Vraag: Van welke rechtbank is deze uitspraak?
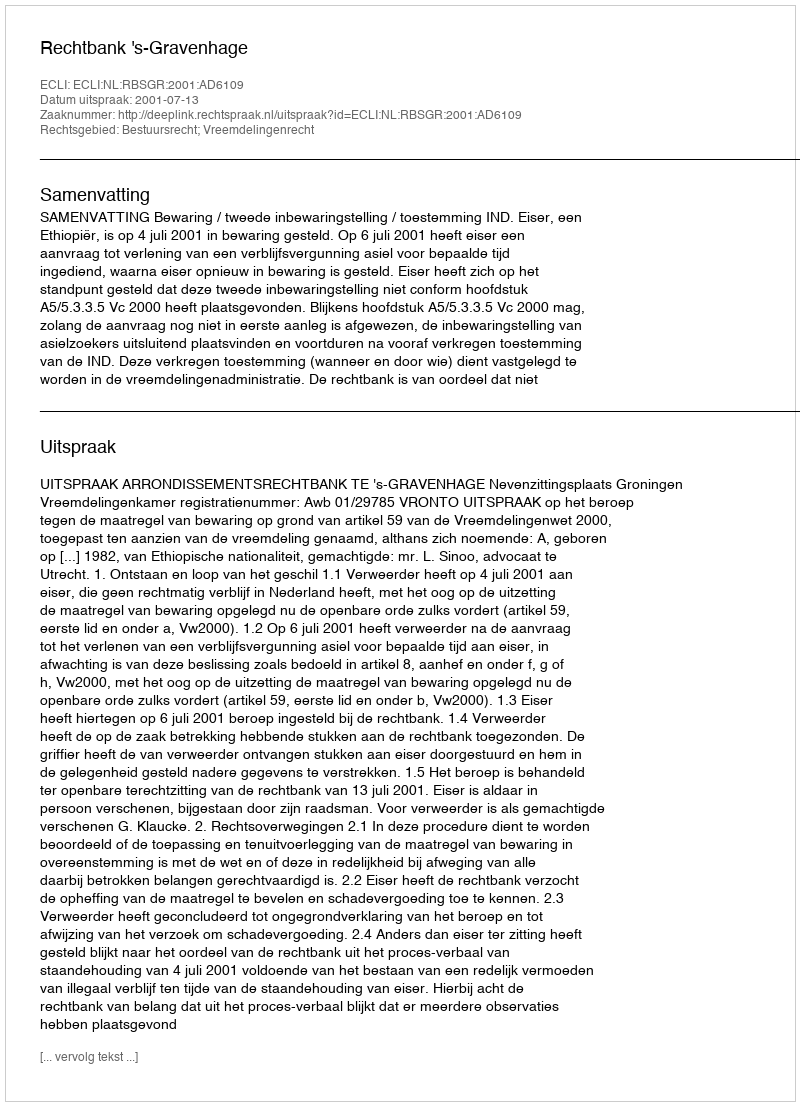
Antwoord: Rechtbank 's-Gravenhage